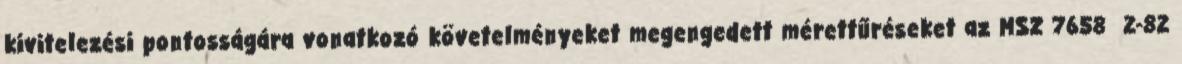
kivitelezési pontosságára vonatkozó követelményeket megengedett mérettűréseket az MSZ 7658 2-82